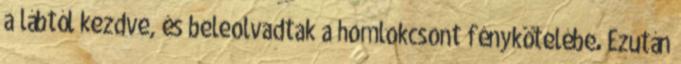
a lábtól kezdve, és beleolvadtak a homlokcsont fénykötelébe. Ezután